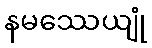
နမဿေယျုံ